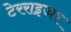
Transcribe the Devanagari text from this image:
टेरराइजर